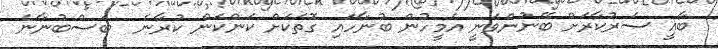
ބާޣީ ސަރުކާރަށް ބޭނުންވަނީ އެމީހުން ބުނާހައި ގޮތަކަށް ކަންކަން ކުރާނެ  ބަސްބުނާނެ